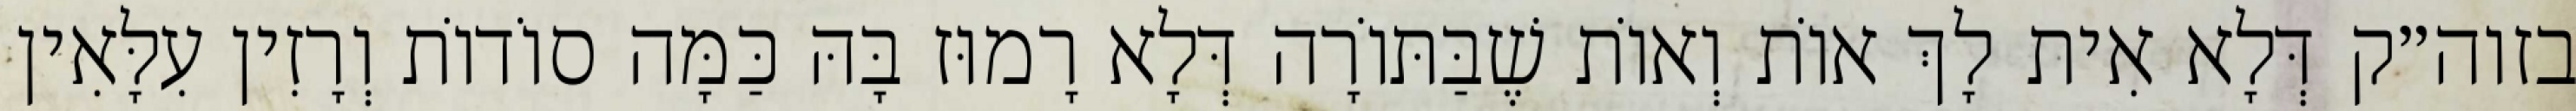
בזוה״ק דְּלָא אִית לָךְ אוֹת וְאוֹת שֶׁבַּתּוֹרָה דְּלָא רָמוּז בָּהּ כַּמָּה סוֹדוֹת וְרָזִין עִלָּאִין